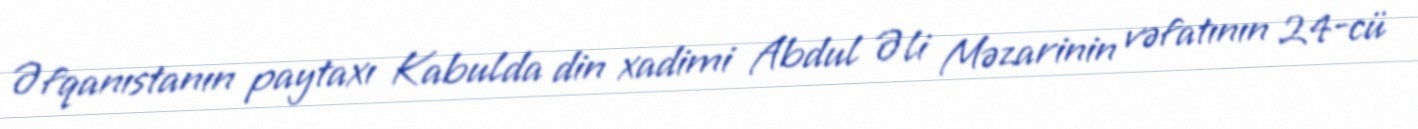
Əfqanıstanın paytaxı Kabulda din xadimi Abdul Əli Məzarinin vəfatının 24-cü